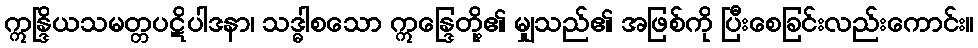
ဣန္ဒြိယသမတ္တပဋိပါဒနာ၊ သဒ္ဓါစသော ဣန္ဒြေတို့၏ မျှသည်၏ အဖြစ်ကို ပြီးစေခြင်းလည်းကောင်း။